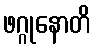
ဖဂ္ဂုနောတိ